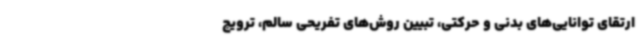
ارتقای توانایی‌های بدنی و حرکتی، تبیین روش‌های تفریحی سالم، ترویج